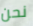
نحن